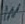
Text: IN